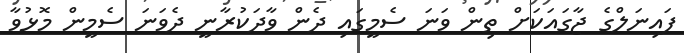
ފައިނަލްގެ ޖާގައަކަށް ތިން ވަނަ ސެމީގައި ދެން ވާދަކުރާނީ ދެވަނަ ސެމީން މޮޅުވާ